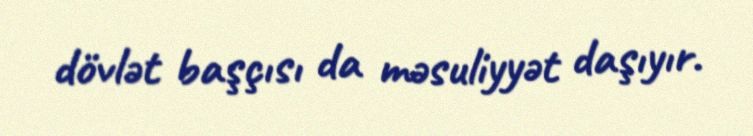
dövlət başçısı da məsuliyyət daşıyır.